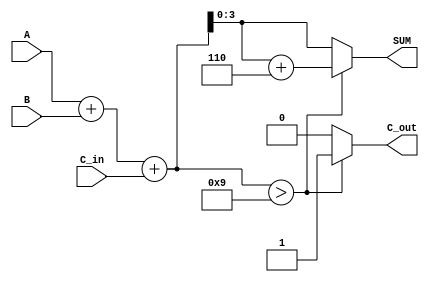
module BCD_Adder (
    input  [3:0] A,       // 4-bit BCD input A
    input  [3:0] B,       // 4-bit BCD input B
    input        C_in,     // Carry input
    output reg [3:0] SUM,  // 4-bit BCD sum output
    output reg C_out       // Carry output
);

    wire [4:0] binary_sum; // 5-bit wire to hold the binary sum
    wire correction_needed; // Flag to determine if correction is needed

    // Step 1: Binary addition of A, B, and C_in
    assign binary_sum = A + B + C_in; // 5-bit sum

    // Step 2: Determine if correction is needed (if binary sum > 9)
    assign correction_needed = binary_sum > 9;

    // Step 3: Generate the BCD output and carry out
    always @(*) begin
        if (correction_needed) begin
            SUM = binary_sum + 4'b0110; // Add 6 to correct the BCD
            C_out = 1;                   // Set carry out
        end else begin
            SUM = binary_sum[3:0];       // No correction needed, use lower 4 bits
            C_out = 0;                   // No carry out
        end
    end

endmodule